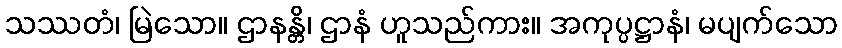
သဿတံ၊ မြဲသော။ ဌာနန္တိ၊ ဌာနံ ဟူသည်ကား။ အကုပ္ပဋ္ဌာနံ၊ မပျက်သော